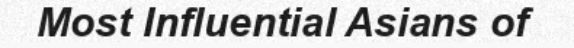
Most Influential Asians of